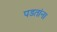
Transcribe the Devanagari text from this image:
पडतांना